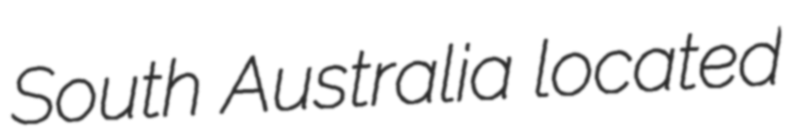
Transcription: South Australia located